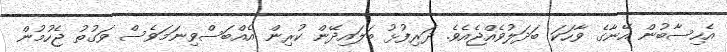
އެހިސާބުން އޭނާގެ ވާހަކަ ބަދަލުވެއްޖެއެވެ. ދަރިފުޅު ބަލައިދޭން ކުރިން އެއްބަސްވިނަމަވެސް ވަގުތު ޖެހުމުން